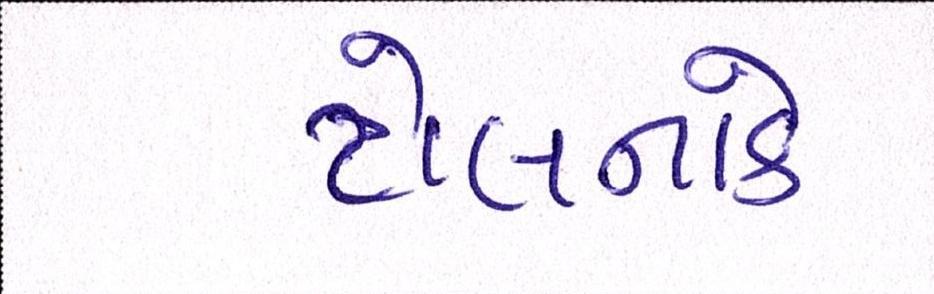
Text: ટોલનાકે